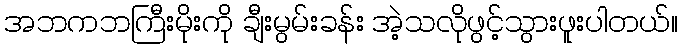
အဘကဘကြီးမိုးကို ချီးမွမ်းခန်း အဲ့သလိုဖွင့်သွားဖူးပါတယ်။